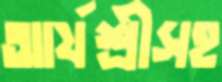
আর্যশ্রীসহ